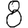
Digit: 8